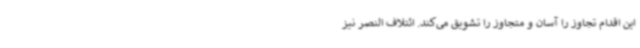
این اقدام تجاوز را آسان و متجاوز را تشویق می‌کند. ائتلاف النصر نیز